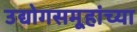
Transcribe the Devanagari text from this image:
उद्योगसमूहांच्या